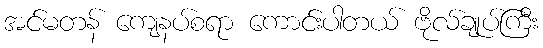
အင်မတန် ကျေနပ်စရာ ကောင်းပါတယ် ဗိုလ်ချုပ်ကြီး